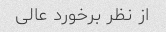
از نظر برخورد عالی